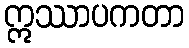
ဣဿာပကတာ